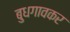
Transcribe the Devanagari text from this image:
बुधगावकर